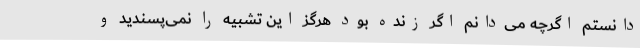
دانستم اگرچه می‌دانم اگر زنده بود هرگز این تشبیه را نمی‌پسندید و